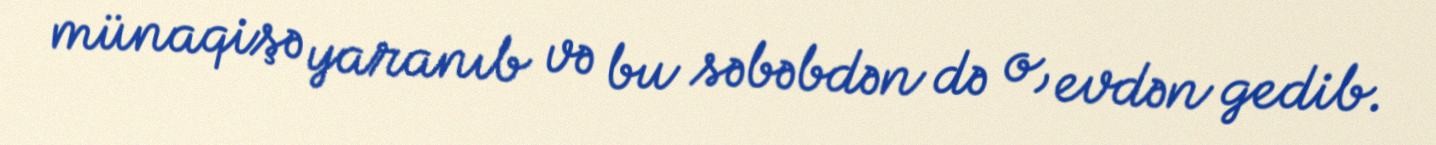
münaqişə yaranıb və bu səbəbdən də o, evdən gedib.